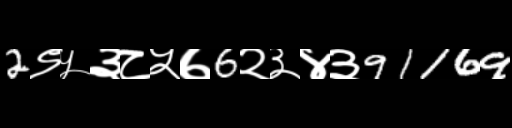
Text: 2९५३८५७6२३४३91169